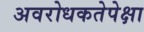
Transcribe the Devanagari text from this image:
अवरोधकतेपेक्षा